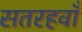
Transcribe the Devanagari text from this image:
सतरहवाँ